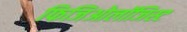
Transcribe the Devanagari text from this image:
फिजिओलॉजिस्ट